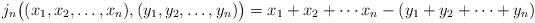
LaTeX: \begin{align*}j_n\bigl((x_1,x_2,\ldots,x_n),(y_1,y_2,\ldots,y_n)\bigr)=x_1+x_2+\cdots x_n-(y_1+y_2+\cdots+y_n)\end{align*}